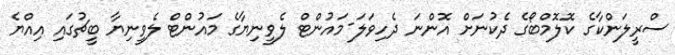
ސްރީލަންކާގެ ކޮލޮމްބޯގެ ދެކުނަށް އޮންނަ ދެހިވަލަ-މައުންޓް ލެވީނިޔާގެ މައުންޓް ލެވީނިޔާ ބީޗުގައި އިއްޔެ